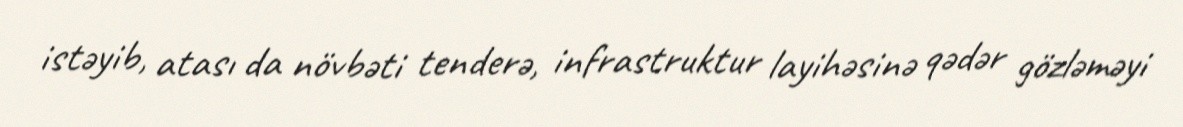
istəyib, atası da növbəti tenderə, infrastruktur layihəsinə qədər gözləməyi